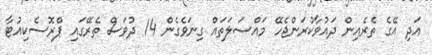
އަދި އޭގެ ތެރެއިން ދައުވާކުރަންޖެހޭ މައްސަލަތައް ގިނަވެގެން 14 ދުވަސް ތެރޭގައި ޕްރޮސެކިއުޓާ